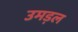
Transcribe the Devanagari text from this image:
उमड़ल